Calcutta medical institutions reports 1879-81 [i.e.91]
Year: 1879
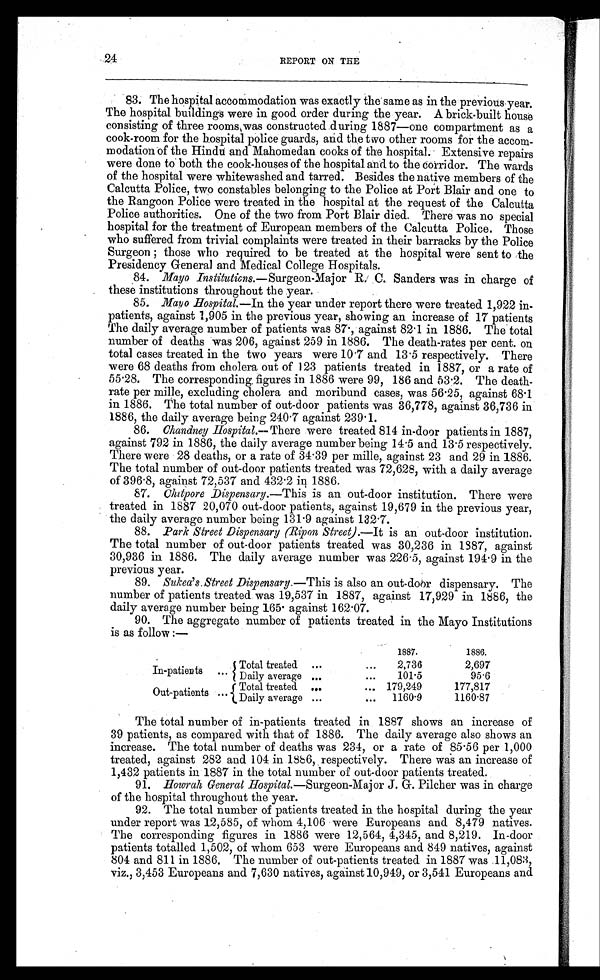
24
REPORT ON THE
83. The hospital accommodation was exactly the same as in the previous year.
The hospital buildings were in good order during the year. A brick-built house
consisting of three rooms was constructed during 1887—one compartment as a
cook-room for the hospital police guards, and the two other rooms for the accom
-modation of the Hindu and Mahomedan cooks of the hospital. Extensive repairs
were done to both the cook-houses of the hospital and to the Corridor. The wards
of the hospital were whitewashed and tarred. Besides the native members of the
Calcutta Police, two constables belonging to the Police at Port Blair and one to
the Rangoon Police were treated in the hospital at the request of the Calcutta
Police authorities. One of the two from Port Blair died. There was no special
hospital for the treatment of European members of the Calcutta Police. Those
who suffered from trivial complaints were treated in their barracks by the Police
Surgeon ; those who required to be treated at the hospital were sent to the
Presidency General and Medical College Hospitals.
84. Mayo Institutions.—Surgeon-Major R. C. Sanders was in charge of
these institutions throughout the year.
85.
Mayo Hospital.—In the year under report there were treated 1,922 in
-patients, against 1,905 in the previous year, showing an increase of 17 patients
The daily average number of patients was 87; against 82.1 in 1886. The total
number of deaths was 206, against 259 in 1886. The death-rates per cent. on
total cases treated in the two years were 10.7 and 13.5 respectively. There
were 68 deaths from cholera out of 123 patients treated in 1887, or a rate of
55.28. The corresponding figures in 1886 were 99, 186 and 53.2. The death
-rate per mille, excluding cholera and moribund cases, was 56.25, against 68.1
in 1886. The total number of out-door patients was 36,778, against 36,736 in
1886, the daily average being 240.7 against 239.1.
86.
Chandney Hospital.— There were treated 814 in-door patients in 1887,
against 792 in 1886, the daily average number being 14.5 and 13.5 respectively.
There were 28 deaths, or a rate of 34.39 per mille, against 23 and 29 in 1886.
The total number of out-door patients treated was 72,628, with a daily average
of 396.8, against 72,537 and 432.2 in 1886.
87.
Chitpore Dispensary.—This is an out-door institution. There were
treated in 1887 20,070 out-door patients, against 19,679 in the previous year,
the daily average number being 131.9 against 132.7.
88.
Park Street Dispensary (Ripon Street. ).—It is an out-door institution.
The total number of out-door patients treated was 30,236 in 1887, against
30,936 in 1886. The daily average number was 226.5, against 194.9 in the
previous year.
89.
Sukea's Street Dispensary.—This is also an out-door dispensary. The
number of patients treated was 19,537 in 1887, against 17,929 in 1886, the
daily average number being 165 against 162.07.
90. The aggregate number of patients treated in the Mayo Institutions
is as follow :—
1887.
1886.
I n - p a t i e n t s . . .
Total treated ...
...
2,736
2,697
Daily average ...
...
101.5
95.6
Out-patients ...
Total treated ...
... 179,249
177,817
Daily average ...
... 1160.9
1160.87
The total number of in-patients treated in 1887 shows an increase of
39 patients, as compared with that of 1886. The daily average also shows an
increase. The total number of deaths was 234, or a rate of 85.56 per 1,000
treated, against 282 and 104 in 1886, respectively. There was an increase of
1,432 patients in 1887 in the total number of out-door patients treated.
91.
Howrah General Hospital.—Surgeon-Major J. G. Pilcher was in charge
of the hospital throughout the year.
92. The total number of patients treated in the hospital during the year
under report was 12,585, of whom 4,106 were Europeans and 8,479 natives.
The corresponding figures in 1886 were 12,564, 4,345, and 8,219. In-door
patients totalled 1,502, of whom 653 were Europeans and 849 natives, against
804 and 811 in 1886. The number of out-patients treated in 1887 was 11,083,
viz., 3,453 Europeans and 7,630 natives, against 10,949, or 3,541 Europeans and